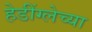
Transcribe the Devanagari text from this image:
हेडींग्लेच्या